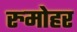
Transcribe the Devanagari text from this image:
रुमोहर